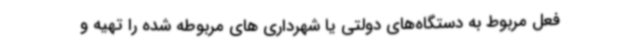
فعل مربوط به دستگاه‌های دولتی یا شهرداری های مربوطه شده را تهیه و